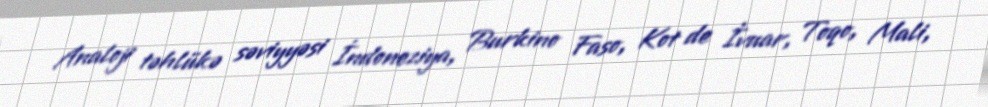
Analoji təhlükə səviyyəsi İndoneziya, Burkino Faso, Kot de İvuar, Toqo, Mali,